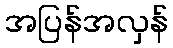
အပြန်အလှန်